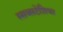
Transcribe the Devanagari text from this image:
स्सब्सटेंशिया